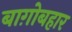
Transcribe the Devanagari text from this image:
बाग़ोबहार